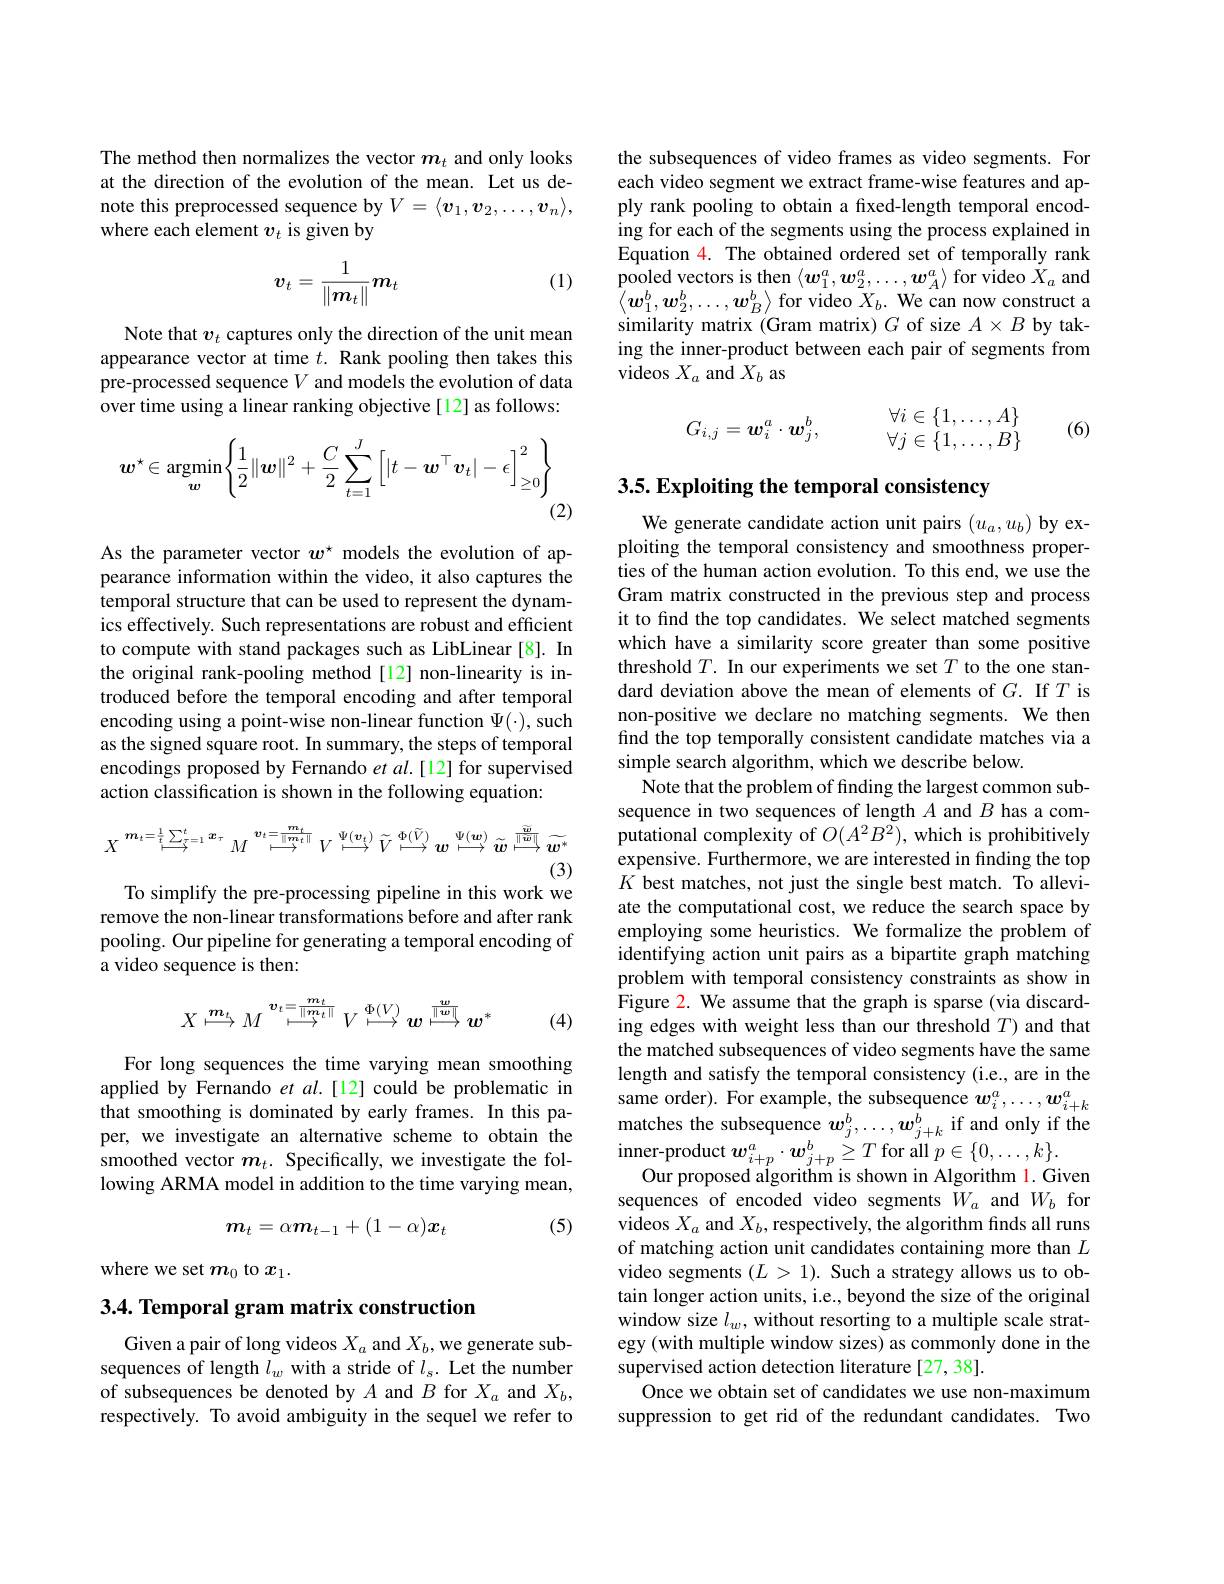
The method then normalizes the vector $m_t$ and only looks at the direction of the evolution of the mean. Let us denote this preprocessed sequence by $V=\langle v_1,v_2,\ldots,v_n\rangle$, where each element $v_t$ is given by

(1)
$$v_t=\frac{1}{\|m_t\|}m_t$$
Note that $v_t$ captures only the direction of the unit mean appearance vector at time $t.$ Rank pooling then takes this pre-processed sequence $V$ and models the evolution of data over time using a linear ranking objective [12] as follows:
$$\boldsymbol{w}^{\star}\in\underset{\boldsymbol{w}}{\operatorname*{argmin}}\left\{\frac{1}{2}\|\boldsymbol{w}\|^{2}+\frac{C}{2}\sum_{t=1}^{J}\left[|t-\boldsymbol{w}^{\top}\boldsymbol{v}_{t}|-\epsilon\right]_{\geq0}^{2}\right\}$$
(2)

As the parameter vector $w^{\star}$ models the evolution of appearance information within the video, it also captures the temporal structure that can be used to represent the dynamics effectively. Such representations are robust and efficient to compute with stand packages such as LibLinear [8]. In the original rank-pooling method[12] non-linearity is introduced before the temporal encoding and after temporal encoding using a point-wise non-linear function $\Psi(\cdot)$, such as the signed square root. In summary, the steps of temporal encodings proposed by Fernando et al.[12] for supervised action classification is shown in the following equation:
$$X\overset{m_{t}=\frac{1}{t}\sum_{\tau=1}^{t}x_{\tau}}{\operatorname*{\operatorname*{\longmapsto}}}M\overset{\boldsymbol{v}_{t}=\frac{\boldsymbol{m}_{t}}{\|\boldsymbol{m}_{t}\|}}{\operatorname*{\operatorname*{\longmapsto}}}V\overset{\Psi(\boldsymbol{v}_{t})}{\operatorname*{\operatorname*{\longmapsto}}}\tilde{V}\overset{\sim}{\operatorname*{\operatorname*{\longmapsto}}}\tilde{\boldsymbol{w}}\overset{\Psi(\boldsymbol{w})}{\operatorname*{\operatorname*{\longmapsto}}}\tilde{\boldsymbol{w}}\overset{\widetilde{\boldsymbol{w}}}{\operatorname*{\operatorname*{\longmapsto}}}\tilde{\boldsymbol{w}}^{*}$$
(3)
To simplify the pre-processing pipeline in this work we

remove the non-linear transformations before and after rank pooling. Our pipeline for generating a temporal encoding of a video sequence is then:
$$X\stackrel{\boldsymbol{m}_{t}}{\longmapsto}M\stackrel{\boldsymbol{v}_{t}=\frac{\boldsymbol{m}_{t}}{\|\boldsymbol{m}_{t}\|}}{\longmapsto}V\stackrel{\Phi(V)}{\longmapsto}w\stackrel{\boldsymbol{w}}{\longmapsto}w^{*}$$
(4)

For long sequences the time varying mean smoothing applied by Fernando $et$ al.[12] could be problematic in that smoothing is dominated by early frames. In this paper, we investigate an alternative scheme to obtain the smoothed vector $m_t.$ Specifically, we investigate the following ARMA model in addition to the time varying mean,

(5)
$$m_t=\alpha\boldsymbol{m}_{t-1}+(1-\alpha)\boldsymbol{x}_t$$
where we set $m_0$ to $x_1.$

3.4. Temporal gram matrix construction

Given a pair of long videos $X_a$ and $X_b$,we generate subsequences of length $l_w$ with a stride of $l_s.$ Let the number of subsequences be denoted by $A$ and $B$ for $X_a$ and $X_b$, respectively. To avoid ambiguity in the sequel we refer to

the subsequences of video frames as video segments. For each video segment we extract frame-wise features and apply rank pooling to obtain a fixed-length temporal encoding for each of the segments using the process explained in Equation $\color{red}{4.}$ The obtained ordered set of temporally rank $\underset{{\mathrm{c}}}{\operatorname*{\text{pooled vectors is then}}}\left\langle\boldsymbol{w}_{1}^{a},\boldsymbol{w}_{2}^{a},\ldots,\boldsymbol{w}_{A}^{a}\right\rangle$for video $X_a$ and $\left\langle\boldsymbol{w}_{1}^{b},\boldsymbol{w}_{2}^{b},\ldots,\boldsymbol{w}_{B}^{b}\right\rangle$for video $X_{b}.$ We can now construct a similarity matrix (Gram matrix) $G$ of size $A\times B$ by taking the inner-product between each pair of segments from videos $X_a$ and $X_b$ as
$$G_{i,j}=\boldsymbol{w}_i^a\cdot\boldsymbol{w}_j^b,\quad\begin{array}{c}\forall i\in\{1,\dots,A\}\\\forall j\in\{1,\dots,B\}\end{array}$$
(6)

# 3.5. Exploiting the temporal consistency

We generate candidate action unit pairs $(u_a,u_b)$ by exploiting the temporal consistency and smoothness properties of the human action evolution. To this end, we use the Gram matrix constructed in the previous step and process it to find the top candidates. We select matched segments which have a similarity score greater than some positive threshold $T.$ In our experiments we set $T$ to the one standard deviation above the mean of elements of $G.$ If $T$ is non-positive we declare no matching segments. We then find the top temporally consistent candidate matches via a simple search algorithm, which we describe below.
Note that the problem of finding the largest common subsequence in two sequences of length $A$ and $B$ has a computational complexity of $O(A^2B^2)$, which is prohibitively expensive. Furthermore, we are interested in finding the top $K$ best matches, not just the single best match. To alleviate the computational cost, we reduce the search space by employing some heuristics. We formalize the problem of identifying action unit pairs as a bipartite graph matching problem with temporal consistency constraints as show in Figure 2. We assume that the graph is sparse (via discarding edges with weight less than our threshold $T)$ and that the matched subsequences of video segments have the same length and satisfy the temporal consistency (i.e., are in the same order). For example, the subsequence $w_i^a,\ldots,w_{i+k}^a$ matches the subsequence $w_j^b,\ldots,w_{j+k}^b$ if and only if the $\begin{array}{c}{\text{inner-product }\boldsymbol{w}_{i+p}^{a}\cdot\boldsymbol{w}_{j+p}^{b}\geq T\mathrm{~for~all~}p\in\{0,\ldots,k\}.}\\{\text{O}}\end{array}$
Our proposed algorithm is shown in Algorithm l. Given sequences of encoded video segments $W_a$ and $W_b$ for videos $X_a$ and $X_b$,respectively, the algorithm fnds all runs of matching action unit candidates containing more than $L$ video segments $(L>1).$ Such a strategy allows us to obtain longer action units, i.e., beyond the size of the original window size $l_w$, without resorting to a multiple scale strategy (with multiple window sizes) as commonly done in the supervised action detection literature [27,38].
Once we obtain set of candidates we use non-maximum suppression to get rid of the redundant candidates. Two